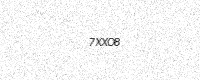
Text: 7XXO8